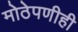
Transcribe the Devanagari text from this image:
मोठेपणीही